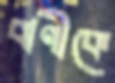
বাণীকে